Indian journal of veterinary science and animal husbandry - Volume 8,
Year: 1938
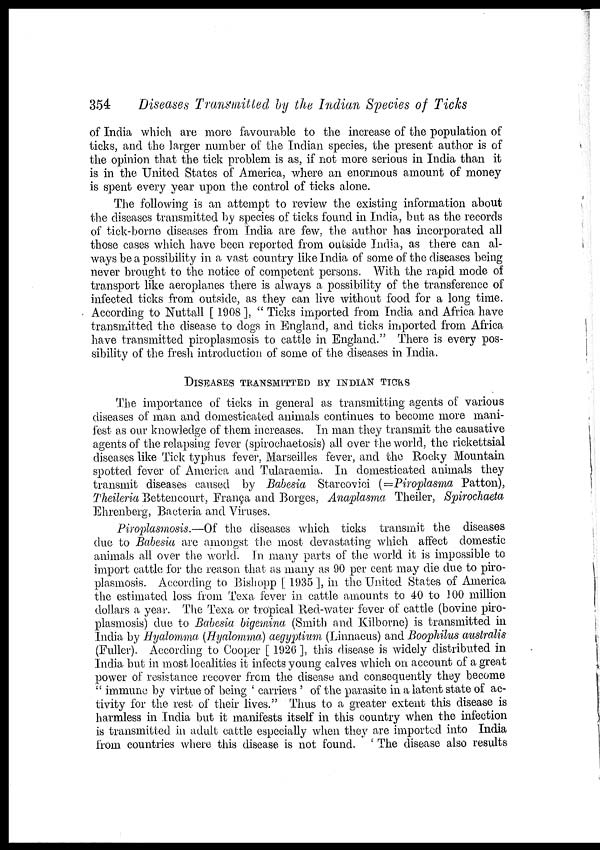
354
Diseases Transmitted by the Indian Species of Ticks
of India which are more favourable to the increase of the population of
ticks, and the larger number of the Indian species, the present author is of
the opinion that the tick problem is as, if not more serious in India than it
is in the United States of America, where an enormous amount of money
is spent every year upon the control of ticks alone.
The following is an attempt to review the existing information about
the diseases transmitted by species of ticks found in India, but as the records
of tick-borne diseases from India are few, the author has incorporated all
those cases which have been reported from outside India, as there can al-
ways be a possibility in a vast country like India of some of the diseases being
never brought to the notice of competent persons. With the rapid mode of
transport like aeroplanes there is always a possibility of the transference of
infected ticks from outside, as they can live without food for a long time.
According to Nuttall [ 1908 ], " Ticks imported from India and Africa have
transmitted the disease to dogs in England, and ticks imported from Africa
have transmitted piroplasmosis to cattle in England." There is every pos-
sibility of the fresh introduction of some of the diseases in India.
DISEASES TRANSMITTED BY INDIAN TICKS
The importance of ticks in general as transmitting agents of various
diseases of man and domesticated animals continues to become more mani-
fest as our knowledge of them increases. In man they transmit the causative
agents of the relapsing fever (spirochaetosis) all over the world, the rickettsial
diseases like Tick typhus fever, Marseilles fever, and the Rocky Mountain
spotted fever of America and Tularaemia. In domesticated animals they
transmit diseases caused by Babesia Starcovici (—Piroplasma Patton),
Theileria Bettencourt, Franca and Borges, Anaplasma Theiler, Spirochaeta
Ehrenberg, Bacteria and Viruses.
Piroplasmosis.—Of the diseases which ticks transmit the diseases
due to Babesia are amongst the most devastating which affect domestic
animals all over the world. In many parts of the world it is impossible to
import cattle for the reason that as many as 90 per cent may die due to piro-
plasmosis. According to Bishopp [ 1935 ], in the United States of America
the estimated loss from Texa fever in cattle amounts to 40 to 100 million
dollars a year. The Texa or tropical Red-water fever of cattle (bovine piro-
plasmosis) due to Babesia bigemina (Smith and Kilborne) is transmitted in
India by Hyalomma, (Hyalomma) aegyptium (Linnaeus) and Boophilus australis
(Fuller). According to Cooper [ 1926 ], this disease is widely distributed in
India but in most localities it infects young calves which on account of a great
power of resistance recover from the disease and consequently they become
" immune by virtue of being ' carriers ' of the parasite in a latent state of ac-
tivity for the rest of their lives." Thus to a greater extent this disease is
harmless in India but it manifests itself in this country when the infection
is transmitted in adult cattle especially when they are imported into India
from countries where this disease is not found. ' The disease also results